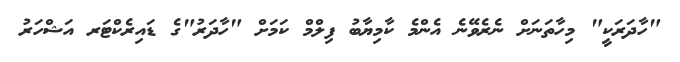
"ހާދަރަކީ" މިހާތަނަށް ނެރެވޭނެ އެންމެ ކާމިޔާބު ފިލްމް ކަމަށް "ހާދަރު"ގެ ޑައިރެކްޓަރ އަޝްހަރު